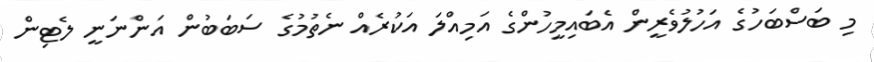
މި ބަސްބަހުގެ އަހުލުވެރީން އެބައިމީހުންގެ އަމިއްލަ އަކުރެއް ނެތުމުގެ ސަބަބުން އަންނަނީ ލެޓިން